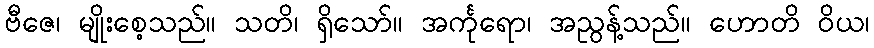
ဗီဇေ၊ မျိုးစေ့သည်။ သတိ၊ ရှိသော်။ အင်္ကုရော၊ အညွန့်သည်။ ဟောတိ ဝိယ၊